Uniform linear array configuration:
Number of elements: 64
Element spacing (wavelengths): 1
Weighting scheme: kaiser
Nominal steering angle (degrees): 0
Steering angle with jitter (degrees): -0.02888
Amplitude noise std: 0.05
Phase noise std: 0.05

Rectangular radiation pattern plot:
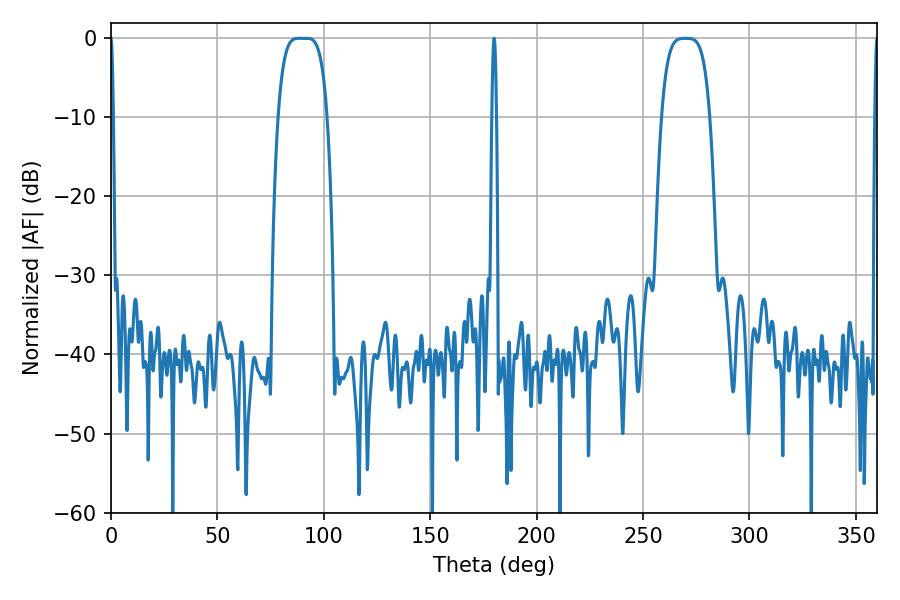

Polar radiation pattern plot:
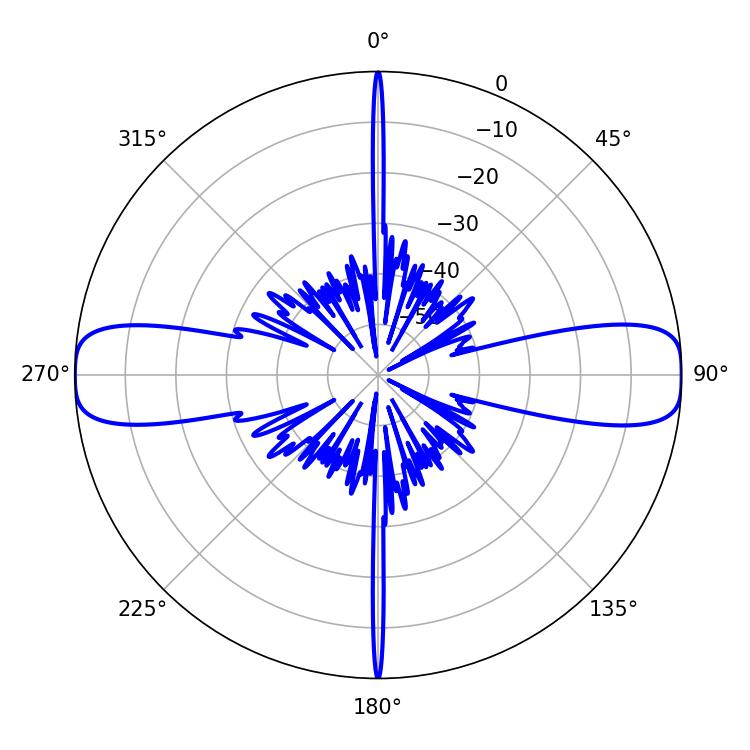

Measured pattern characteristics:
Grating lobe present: TRUE
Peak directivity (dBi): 22.2
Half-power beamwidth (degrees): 17.28
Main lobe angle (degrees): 88.2